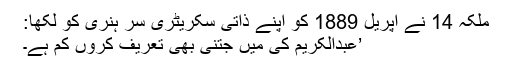
ملکہ 14 نے اپریل 1889 کو اپنے ذاتی سکریٹری سر ہنری کو لکھا:
’عبدالکریم کی میں جتنی بھی تعریف کروں کم ہے۔